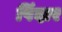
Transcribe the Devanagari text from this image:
पिंदार